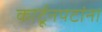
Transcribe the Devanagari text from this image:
कार्टूनपटांना